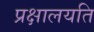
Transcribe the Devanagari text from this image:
प्रक्षालयति